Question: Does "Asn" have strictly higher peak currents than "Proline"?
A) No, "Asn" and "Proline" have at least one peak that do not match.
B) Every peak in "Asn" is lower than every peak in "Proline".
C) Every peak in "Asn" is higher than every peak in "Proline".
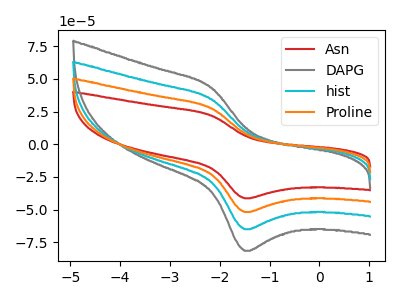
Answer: <think>The red curve "Asn" has an anodic peak at (-2.15V, 22.00uA) and a cathodic peak at (-1.50V, -41.35uA). The gray curve "DAPG" has an anodic peak at (-2.15V, 82.80uA) and a cathodic peak at (-1.50V, -155.55uA). The cyan curve "hist" has an anodic peak at (-2.15V, 55.20uA) and a cathodic peak at (-1.50V, -103.70uA). The orange curve "Proline" has an anodic peak at (-2.15V, 27.60uA) and a cathodic peak at (-1.50V, -51.85uA).</think>
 <answer>B) Every peak in "Asn" is lower than every peak in "Proline".</answer>
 <eval>B</eval>